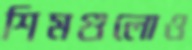
শিমগুলোও